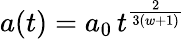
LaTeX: a(t)=a_{0}\, t^{\frac{2}{3(w+1)}}